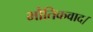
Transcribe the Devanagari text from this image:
भौतिकवाद।